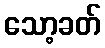
သော့ခတ်